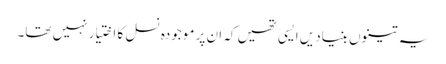
یہ تینوں بنیادیں ایسی تھیں کہ ان پر موجودہ نسل کا اختیار نہیں تھا۔